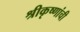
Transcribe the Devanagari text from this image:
श्रीकृष्णांची